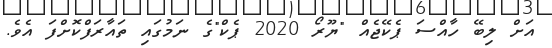
އަށް ލިބޭ ހާއްސަ ޕެކޭޖެއް "ޔޫރޯ 2020 ޕެކް"ގެ ނަމުގައި ތައާރަފްކޮށްފަ އެވެ.